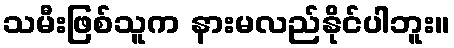
သမီးဖြစ်သူက နားမလည်နိုင်ပါဘူး။